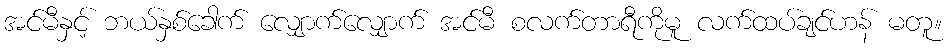
အင်မီနှင့် ဘယ်နှစ်ခေါက် လျှောက်လျှောက် အင်မီ စလက်တာရီကိုမူ လက်ထပ်ချင်ဟန် မတူ။